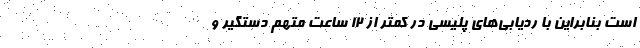
است بنابراین با ردیابی‌های پلیسی در کمتر از ۱۲ ساعت متهم دستگیر و